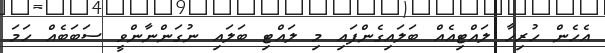
އެހެން ހުރިހާ ލައްޓިއެއް ބަލައިގެންފައި މި ލައްޓި ބަލައި ނުގަންނާންވީ ސަބަބެއް ހަމަ